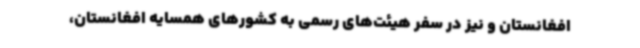
افغانستان و نیز در سفر هیئت‌های رسمی به کشورهای همسایه افغانستان،